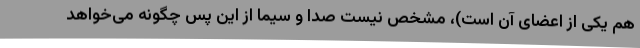
هم یکی از اعضای آن است)، مشخص نیست صدا و سیما از این پس چگونه می‌خواهد